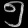
Digit: ၅